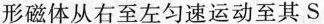
形磁体从右至左匀速运动至其S